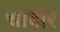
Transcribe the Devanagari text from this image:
चादोर